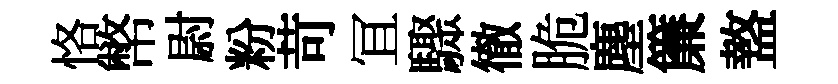
恪幣尉粉苛冝驟徹脆塵簾盩